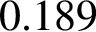
0 . 1 8 9